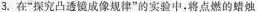
3.在”探究凸透镜成像规律”的实验中，将点燃的蜡烛